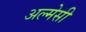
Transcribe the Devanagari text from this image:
अल्मेसी